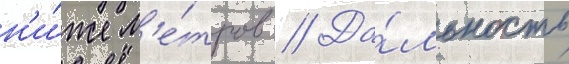
н'и́же м'е́тров // Да́льность